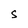
Character: S